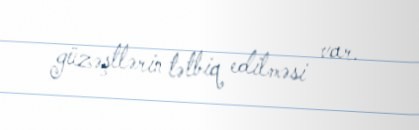
güzəştlərin tətbiq edilməsi var.